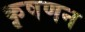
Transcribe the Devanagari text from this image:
कृषणन